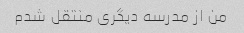
من از مدرسه دیگری منتقل شدم